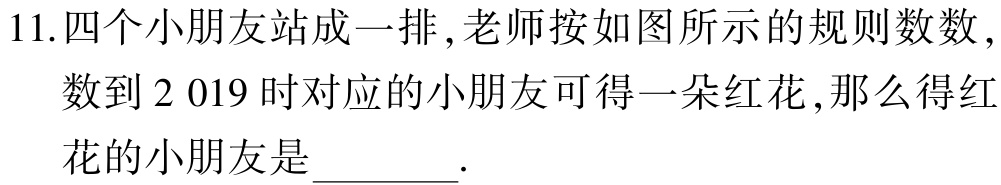
11.四个小朋友站成一排,老师按如图所示的规则数数,数到2 019时对应的小朋友可得一朵红花,那么得红花的小朋友是______.